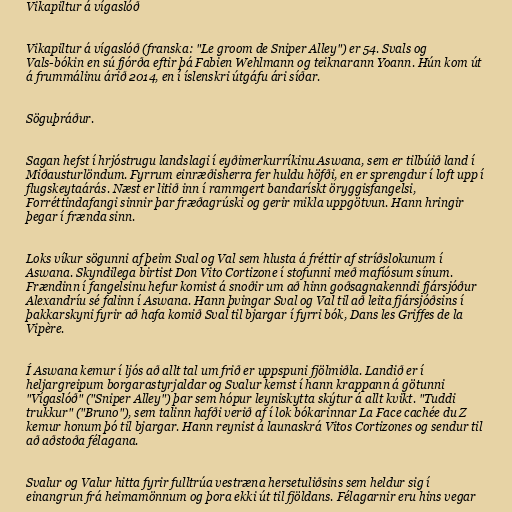
Vikapiltur á vígaslóð

Vikapiltur á vígaslóð (franska: "Le groom de Sniper Alley") er 54. Svals og
Vals-bókin en sú fjórða eftir þá Fabien Wehlmann og teiknarann Yoann. Hún kom út
á frummálinu árið 2014, en í íslenskri útgáfu ári síðar.

Söguþráður.

Sagan hefst í hrjóstrugu landslagi í eyðimerkurríkinu Aswana, sem er tilbúið land í
Miðausturlöndum. Fyrrum einræðisherra fer huldu höfði, en er sprengdur í loft upp í
flugskeytaárás. Næst er litið inn í rammgert bandarískt öryggisfangelsi,
Forréttindafangi sinnir þar fræðagrúski og gerir mikla uppgötvun. Hann hringir
þegar í frænda sinn.

Loks víkur sögunni af þeim Sval og Val sem hlusta á fréttir af stríðslokunum í
Aswana. Skyndilega birtist Don Vito Cortizone í stofunni með mafíósum sínum.
Frændinn í fangelsinu hefur komist á snoðir um að hinn goðsagnakenndi fjársjóður
Alexandríu sé falinn í Aswana. Hann þvingar Sval og Val til að leita fjársjóðsins í
þakkarskyni fyrir að hafa komið Sval til bjargar í fyrri bók, Dans les Griffes de la
Vipère.

Í Aswana kemur í ljós að allt tal um frið er uppspuni fjölmiðla. Landið er í
heljargreipum borgarastyrjaldar og Svalur kemst í hann krappann á götunni
"Vígaslóð" ("Sniper Alley") þar sem hópur leyniskytta skýtur á allt kvikt. "Tuddi
trukkur" ("Bruno"), sem talinn hafði verið af í lok bókarinnar La Face cachée du Z
kemur honum þó til bjargar. Hann reynist á launaskrá Vitos Cortizones og sendur til
að aðstoða félagana.

Svalur og Valur hitta fyrir fulltrúa vestræna hersetuliðsins sem heldur sig í
einangrun frá heimamönnum og þora ekki út til fjöldans. Félagarnir eru hins vegar